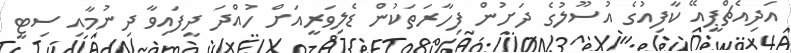
އަދިއެޗްޕީއޭ ކާފިއުގެ އުސޫލުގެ ދަށުން ފިހާރަތަކުން ޑެލިވަރީއަށް ހުއްދަ ދީފައިވާ ދިނުމާއި ސިޓީ